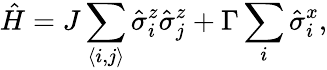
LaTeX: \hat{H}=J\sum_{\langle i,j\rangle}\hat{\sigma}_{i}^{z}\hat{\sigma}_{j}^{z}+\Gamma\sum_{i}\hat{\sigma}_{i}^{x},